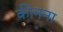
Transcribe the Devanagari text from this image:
कीनना